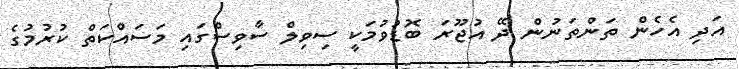
އަދި އެހެން ތަންތަނުން ދޭ އުޖޫރަ ބޮޑުވުމަކީ ސިވިލް ސާވިސްގައި މަސައްކަތް ކުރުމުގެ